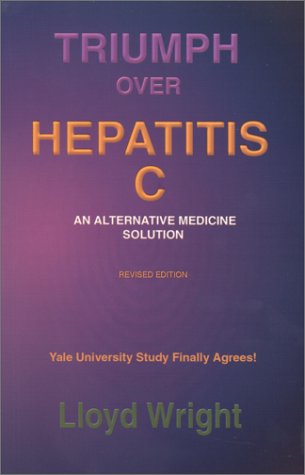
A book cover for Triumph Over Hepatitis C : An Alternative Medicine Solution Revised Edition; Lloyd Wright; Health, Fitness & Dieting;